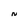
Character: N